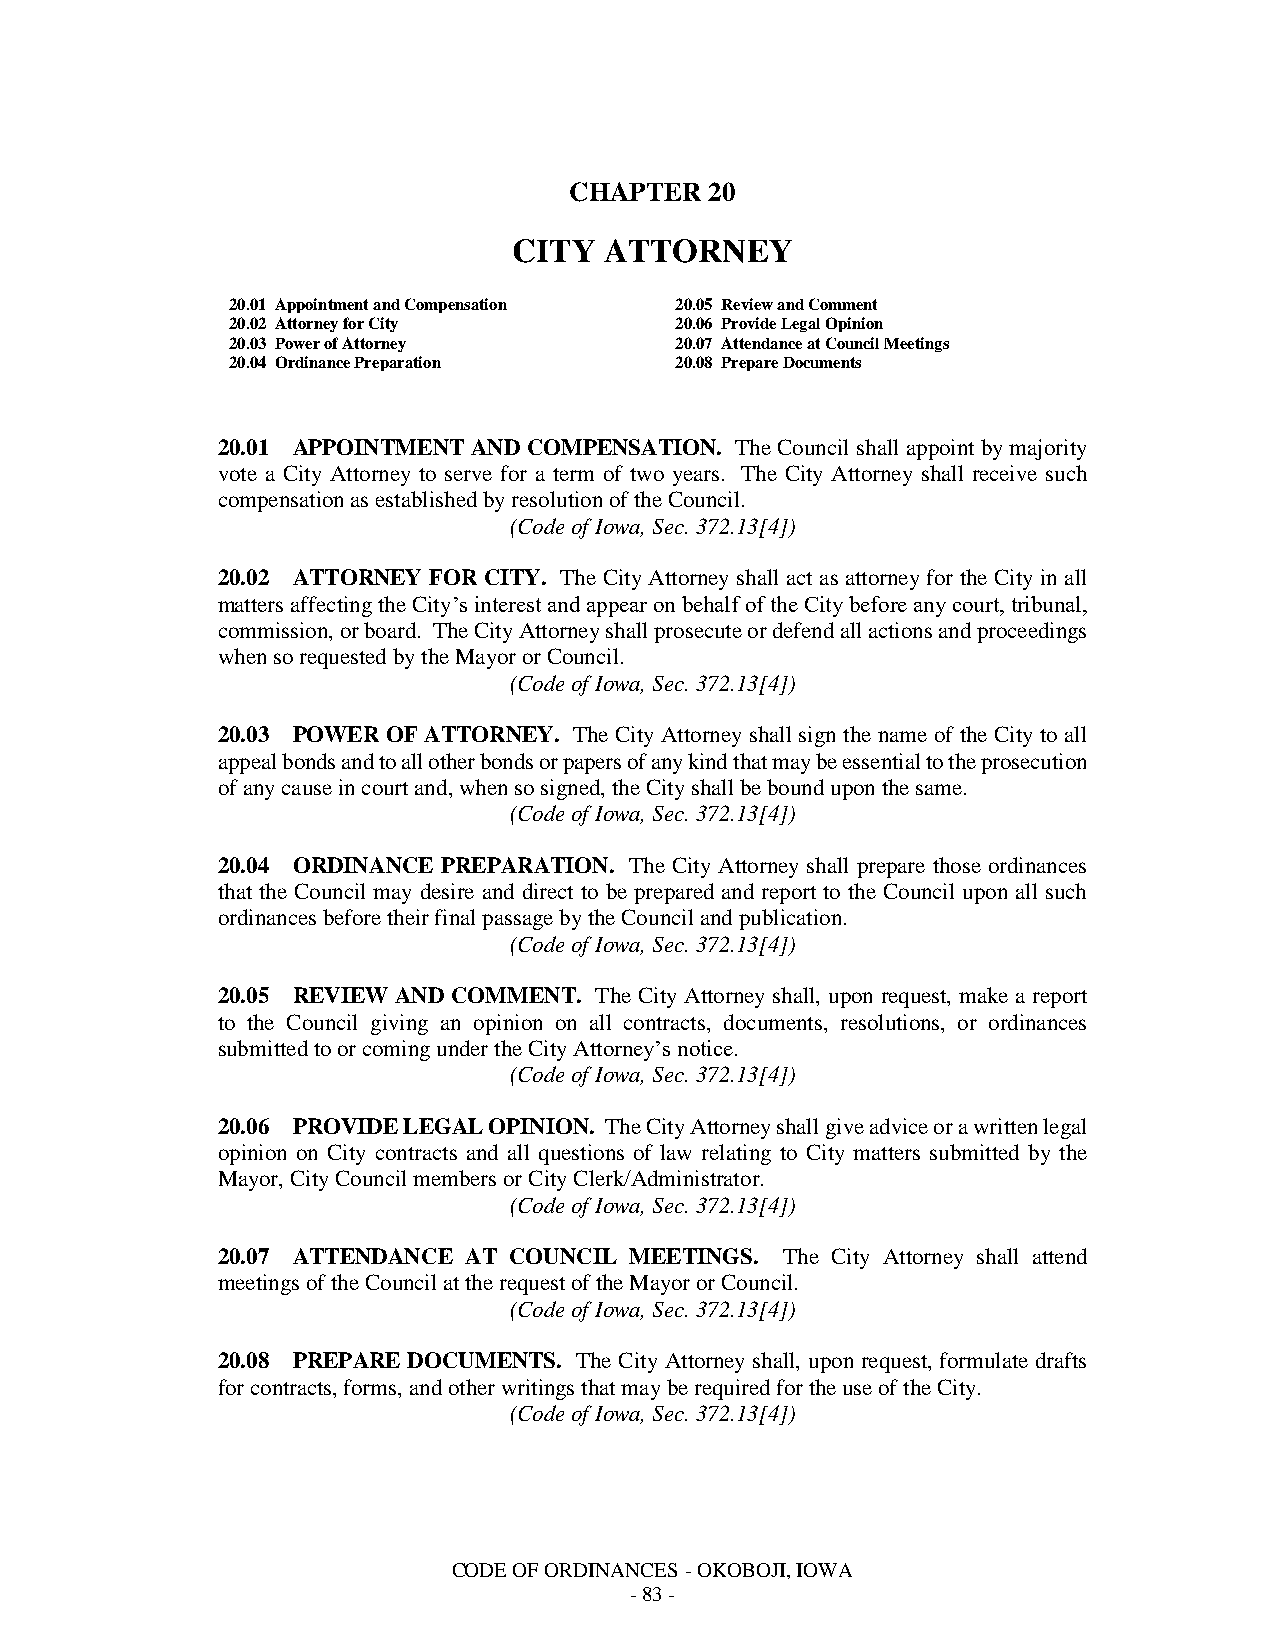
CHAPTER  20
 CITY  ATTORNEY
 20.01 Appointment and Compensation 20.05 Review and Comment
 20.02 Attorney for City       20.06 Provide Legal Opinion
 20.03 Power of Attorney       20.07 Attendance at Council Meetings
 20.04 Ordinance Preparation   20.08 Prepare Documents
 20.01 APPOINTMENT AND COMPENSATION. The Council shall appoint by majority
 vote a City Attorney to serve for a term of two years. The City Attorney shall receive such
 compensation as established by resolution of the Council.
 (Code of Iowa, Sec. 372.13[4])
 20.02 ATTORNEY FOR CITY. The City Attorney shall act as attorney for the City in all
 matters affecting the City’s interest and appear on behalf of the City before any court, tribunal,
 commission, or board. The City Attorney shall prosecute or defend all actions and proceedings
 when so requested by the Mayor or Council.
 (Code of Iowa, Sec. 372.13[4])
 20.03 POWER OF ATTORNEY. The City Attorney shall sign the name of the City to all
 appeal bonds and to all other bonds or papers of any kind that may be essential to the prosecution
 of any cause in court and, when so signed, the City shall be bound upon the same.
 (Code of Iowa, Sec. 372.13[4])
 20.04 ORDINANCE PREPARATION. The City Attorney shall prepare those ordinances
 that the Council may desire and direct to be prepared and report to the Council upon all such
 ordinances before their final passage by the Council and publication.
 (Code of Iowa, Sec. 372.13[4])
 20.05 REVIEW AND COMMENT. The City Attorney shall, upon request, make a report
 to the Council giving an opinion on all contracts, documents, resolutions, or ordinances
 submitted to or coming under the City Attorney’s notice.
 (Code of Iowa, Sec. 372.13[4])
 20.06 PROVIDE LEGAL OPINION. The City Attorney shall give advice or a written legal
 opinion on City contracts and all questions of law relating to City matters submitted by the
 Mayor, City Council members or City Clerk/Administrator.
 (Code of Iowa, Sec. 372.13[4])
 20.07 ATTENDANCE AT COUNCIL MEETINGS. The City Attorney shall attend
 meetings of the Council at the request of the Mayor or Council.
 (Code of Iowa, Sec. 372.13[4])
 20.08 PREPARE DOCUMENTS. The City Attorney shall, upon request, formulate drafts
 for contracts, forms, and other writings that may be required for the use of the City.
 (Code of Iowa, Sec. 372.13[4])
 CODE OF ORDINANCES - OKOBOJI, IOWA
 - 83 -